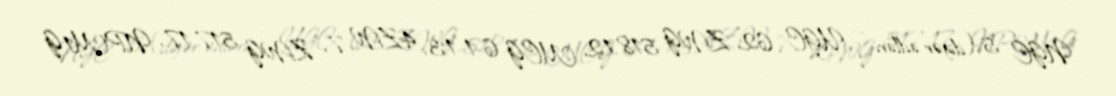
NGC 5 (digər adları — UGC 62, ZWG 518.12, MCG 6-1-13, 4ZW 7, ZWG 517.17, NPM1G